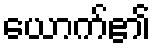
ယောက်၏